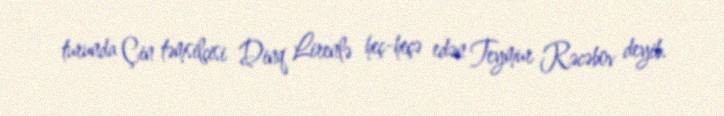
turunda Çin təmsilçisi Dinq Lirenlə heç-heçə edən Teymur Rəcəbov deyib.